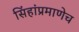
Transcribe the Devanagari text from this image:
सिंहांप्रमाणेच